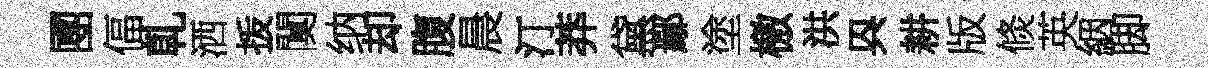
圑偪乹洒㧞闃纳却腹晨汀莽黛鄢塗檄洪㒷耕版倐英絪脚